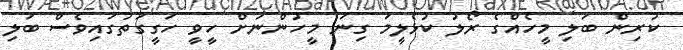
ކުރިން ބަލި މީހެއްގެ ރޯލު ކުޅެލީމަ ގިނަ މީހުންނަށް ހީވީ ހަގީގަތުގައިވެސް ބަލި